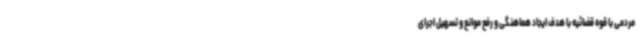
مردمی با قوه قضائیه با هدف ایجاد هماهنگی و رفع موانع و تسهیل اجرای